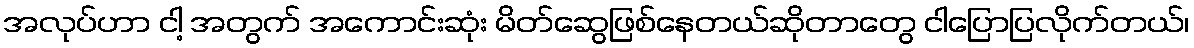
အလုပ်ဟာ ငါ့ အတွက် အကောင်းဆုံး မိတ်ဆွေဖြစ်နေတယ်ဆိုတာတွေ ငါပြောပြလိုက်တယ်၊